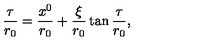
\frac { \tau } { r _ { 0 } } = \frac { x ^ { 0 } } { r _ { 0 } } + \frac { \xi } { r _ { 0 } } \tan { \frac { \tau } { r _ { 0 } } } ,